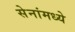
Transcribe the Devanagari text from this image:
सेनांमध्ये